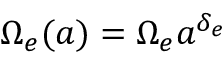
\Omega _ { e } ( a ) = \Omega _ { e } a ^ { \delta _ { e } }